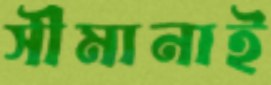
সীমানাই